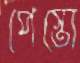
পেস্তো